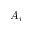
A _ { i }